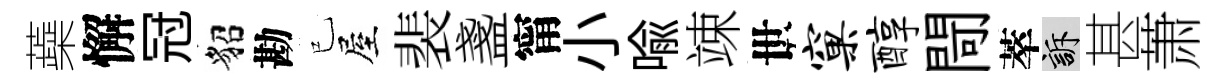
蘃懈冠貂勘已屋裴盞甯小喩竦世窠醇閜萃訴甚萧